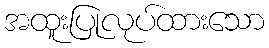
အထူးပြုလုပ်ထားသော